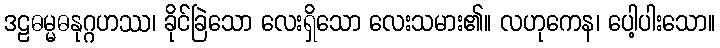
ဒဠဓမ္မဓနုဂ္ဂဟဿ၊ ခိုင်ခြဲသော လေးရှိသော လေးသမား၏။ လဟုကေန၊ ပေါ့ပါးသော။